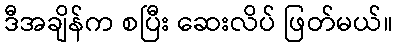
ဒီအချိန်က စပြီး ဆေးလိပ် ဖြတ်မယ်။